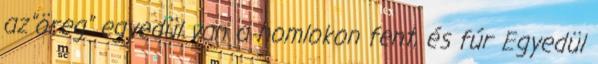
az"öreg" egyedül van a homlokon fent, és fúr Egyedül